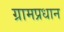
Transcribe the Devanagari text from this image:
ग्रामप्रधान